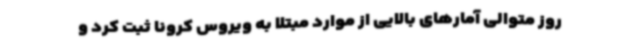
روز متوالی آمارهای بالایی از موارد مبتلا به ویروس کرونا ثبت کرد و